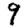
Digit: 9